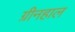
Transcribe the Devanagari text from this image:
ग्रीनहाल